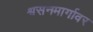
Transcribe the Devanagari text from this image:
श्वसनमार्गावर